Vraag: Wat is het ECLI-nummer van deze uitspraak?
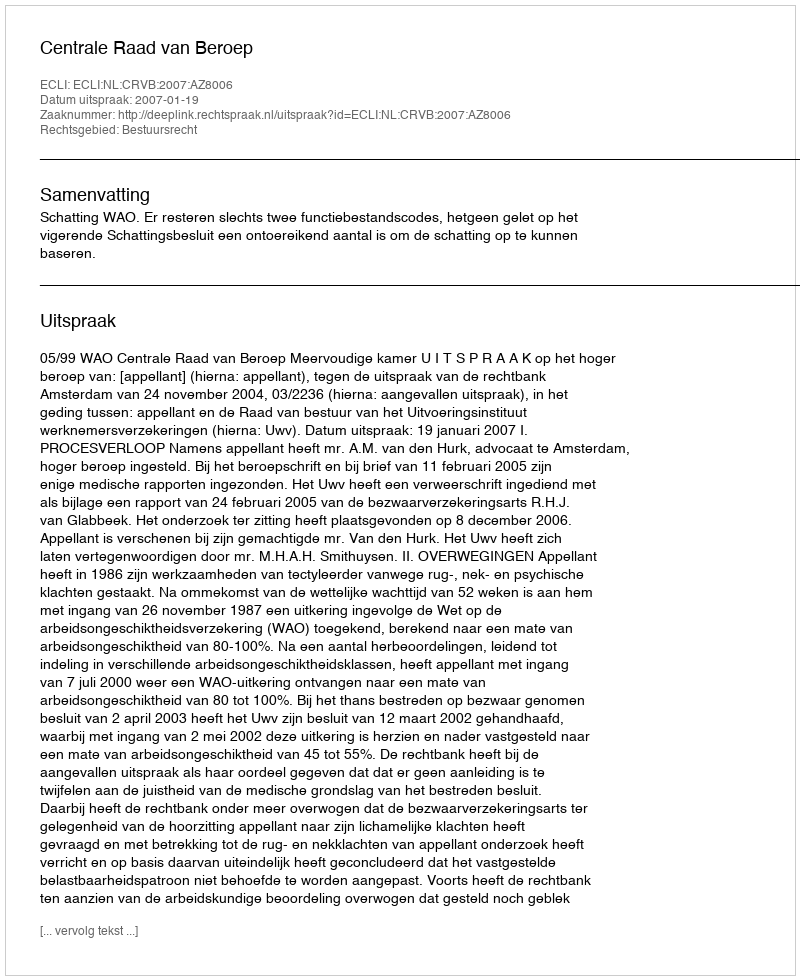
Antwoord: ECLI:NL:CRVB:2007:AZ8006